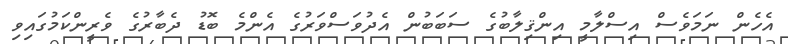
އެހެން ނަމަވެސް އިސްލާމީ އިންޤިލާބުގެ ސަބަބުން އެދުވަސްވަރުގެ އެންމެ ބޮޑު ދެބާރުގެ ވެރީންކަމުގައިވި